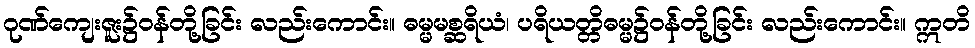
ဂုဏ်ကျေးဇူး၌ဝန်တို့ခြင်း လည်းကောင်း။ ဓမ္မမစ္ဆရိယံ၊ ပရိယတ္တိဓမ္မ၌ဝန်တို့ခြင်း လည်းကောင်း။ ဣတိ